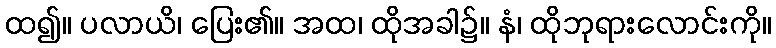
ထ၍။ ပလာယိ၊ ပြေး၏။ အထ၊ ထိုအခါ၌။ နံ၊ ထိုဘုရားလောင်းကို။